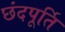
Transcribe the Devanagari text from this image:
छंदपूर्ति